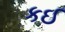
કઈ